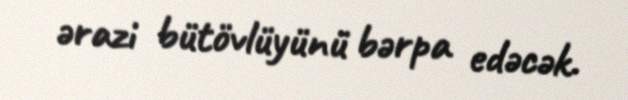
ərazi bütövlüyünü bərpa edəcək.